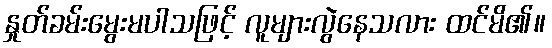
နှုတ်ခမ်းမွေးမပါသဖြင့် လူများလွဲနေသလား ထင်မိ၏။